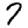
Digit: 7